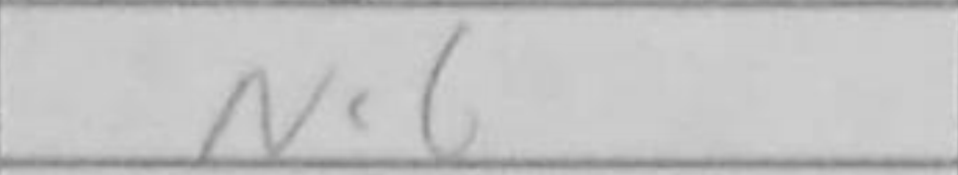
Transcription: Nc6